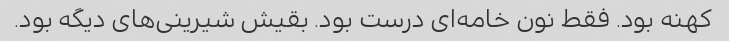
کهنه بود. فقط نون خامه‌ای درست بود. بقیش شیرینی‌های دیگه بود.